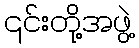
၎င်းတို့အဖွဲ့